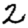
Digit: 2